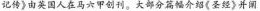
记传》由英国人在马六甲创刊。大部分篇幅介绍《圣经》并阐